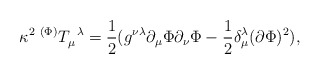
\begin{align*}{\kappa }^2\;^{(\Phi )}T_\mu ^{\;\;\lambda }=\frac 12(g^{\nu \lambda}\partial _\mu \Phi \partial _\nu \Phi -\frac 12\delta _\mu ^\lambda(\partial \Phi )^2),\end{align*}